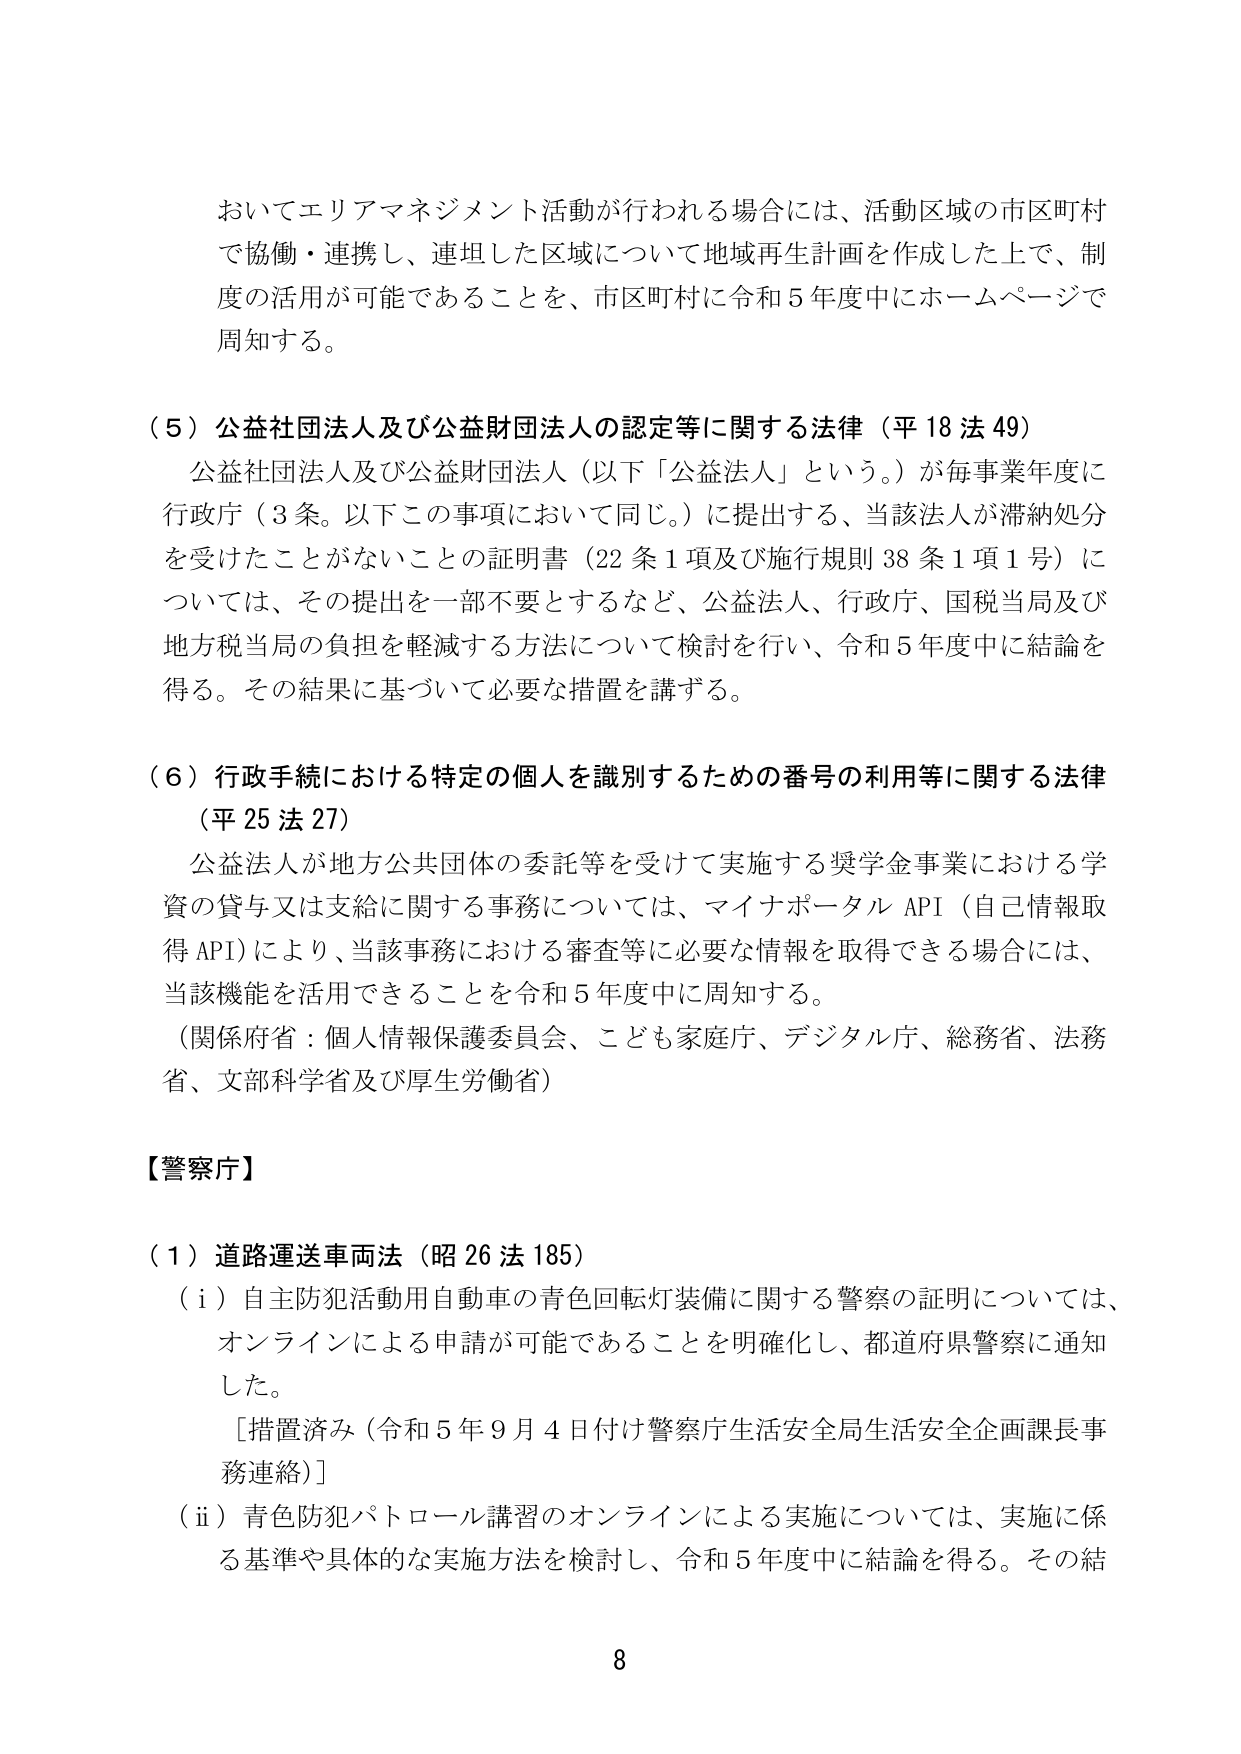
おいてエリアマネジメント活動が行われる場合には、活動区域の市区町村で協働・連携し、連坦した区域について地域再生計画を作成した上で、制度の活用が可能であることを、市区町村に令和5年度中にホームページで周知する。

（５）公益社団法人及び公益財団法人の認定等に関する法律（平18法49）
公益社団法人及び公益財団法人（以下「公益法人」という。）が毎事業年度に行政庁（3条。以下この事項において同じ。）に提出する、当該法人が滞納処分を受けたことがないことの証明書（22条1項及び施行規則38条1項1号）については、その提出を一部不要とするなど、公益法人、行政庁、国税当局及び地方税当局の負担を軽減する方法について検討を行い、令和5年度中に結論を得る。その結果に基づいて必要な措置を講ずる。

（６）行政手続における特定の個人を識別するための番号の利用等に関する法律（平25法27）
公益法人が地方公共団体の委託等を受けて実施する奨学金事業における学資の貸与又は支給に関する事務については、マイナポータルAPI（自己情報取得API）により、当該事務における審査等に必要な情報を取得できる場合には、当該機能を活用できることを令和5年度中に周知する。
（関係省庁：個人情報保護委員会、こども家庭庁、デジタル庁、総務省、法務省、文部科学省及び厚生労働省）

【警察庁】

（１）道路運送車両法（昭26法185）
（ⅰ）自主防犯活動用自動車の青色回転灯装備に関する警察の証明については、オンラインによる申請が可能であることを明確化し、都道府県警察に通知した。
［措置済み（令和5年9月4日付け警察庁生活安全局生活安全企画課長事務連絡）］
（ⅱ）青色防犯パトロール講習のオンラインによる実施については、実施に係る基準や具体的な実施方法を検討し、令和5年度中に結論を得る。その結

8